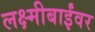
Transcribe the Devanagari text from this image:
लक्ष्मीबाईंवर